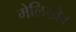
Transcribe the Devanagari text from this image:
मेलिखेव